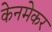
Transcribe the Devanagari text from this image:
केनमेकर